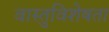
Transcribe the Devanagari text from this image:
वास्तुविशेषता